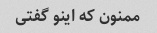
ممنون که اینو گفتی